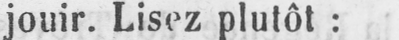
jouir. Lisez plutôt: